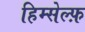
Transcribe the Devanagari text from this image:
हिम्सेल्फ़